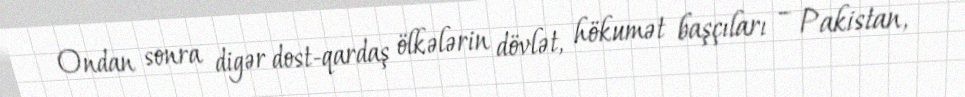
Ondan sonra digər dost-qardaş ölkələrin dövlət, hökumət başçıları – Pakistan,